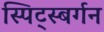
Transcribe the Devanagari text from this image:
स्पिट्स्बर्गन